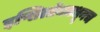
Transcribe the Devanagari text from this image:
इप्सिलॉनमधूनच